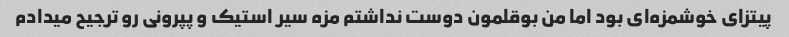
پیتزای خوشمزه‌ای بود اما من بوقلمون دوست نداشتم مزه سیر استیک و پپرونی رو ترجیح میدادم